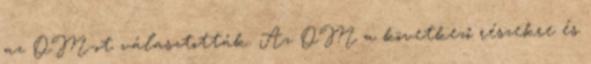
az OM-ot választották. Az OM a következő részekre és